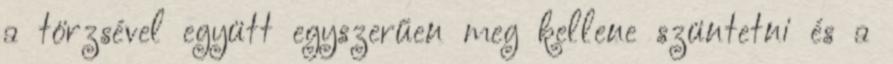
a törzsével együtt egyszerűen meg kellene szüntetni és a